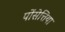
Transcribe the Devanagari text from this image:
पोंसेत्तिया